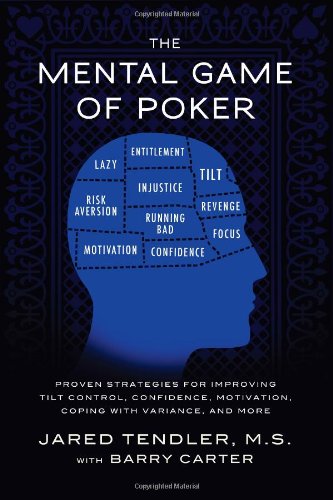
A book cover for The Mental Game of Poker: Proven Strategies for Improving Tilt Control, Confidence, Motivation, Coping with Variance, and More.; Jared Tendler; Humor & Entertainment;